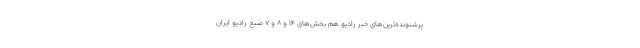
پرشنونده‌ترین‌های خبر رادیو هم بخش‌های ۱۴ و ۸ و ۷ صبح رادیو ایران